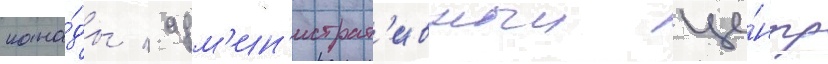
кана́ды / адм'ин'истрат'ивныи це́нтр